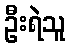
ဦးရဲသူ